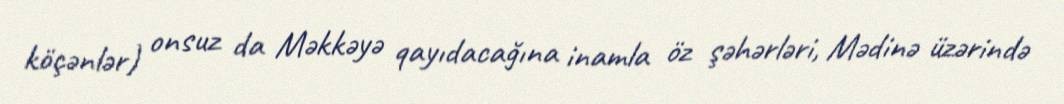
köçənlər) onsuz da Məkkəyə qayıdacağına inamla öz şəhərləri, Mədinə üzərində